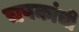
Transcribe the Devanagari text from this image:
चषकांची